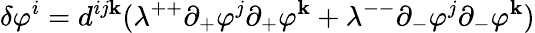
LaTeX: \delta\varphi^{i}=d^{ij\mathbf{k}}(\lambda^{++}\partial_{+}\varphi^{j}\partial_{+}\varphi^{\mathbf{k}}+\lambda^{--}\partial_{-}\varphi^{j}\partial_{-}\varphi^{\mathbf{k}})